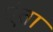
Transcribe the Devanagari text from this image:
एंता